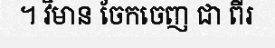
។ វិមាន ចែកចេញ ជា ពីរ